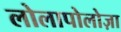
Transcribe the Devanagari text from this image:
लोलापोलोज़ा